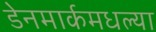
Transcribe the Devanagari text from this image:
डेनमार्कमधल्या